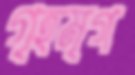
গৃহমৃগ